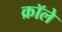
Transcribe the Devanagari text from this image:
क्रॉले